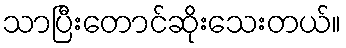
သာပြီးတောင်ဆိုးသေးတယ်။